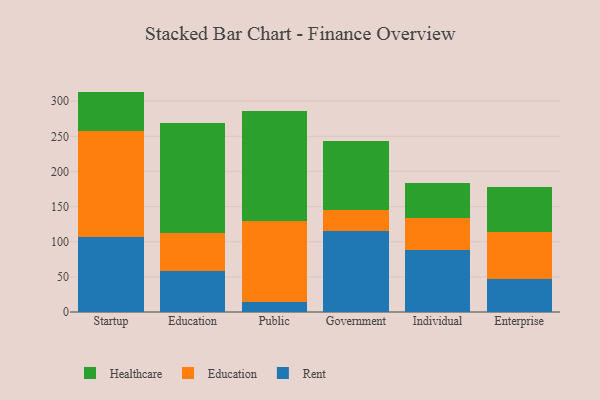
{"axis": {"x": "Segment", "y": "Page Views"}, "legend": ["Education", "Healthcare", "Rent"], "data": [{"x": "Startup", "y": 107.2, "type": "Rent"}, {"x": "Startup", "y": 150.7, "type": "Education"}, {"x": "Startup", "y": 55.7, "type": "Healthcare"}, {"x": "Education", "y": 58.5, "type": "Rent"}, {"x": "Education", "y": 54.4, "type": "Education"}, {"x": "Education", "y": 155.9, "type": "Healthcare"}, {"x": "Public", "y": 14.7, "type": "Rent"}, {"x": "Public", "y": 114.8, "type": "Education"}, {"x": "Public", "y": 156.5, "type": "Healthcare"}, {"x": "Government", "y": 114.6, "type": "Rent"}, {"x": "Government", "y": 30.2, "type": "Education"}, {"x": "Government", "y": 97.9, "type": "Healthcare"}, {"x": "Individual", "y": 88.4, "type": "Rent"}, {"x": "Individual", "y": 45.3, "type": "Education"}, {"x": "Individual", "y": 49.3, "type": "Healthcare"}, {"x": "Enterprise", "y": 47.2, "type": "Rent"}, {"x": "Enterprise", "y": 66.6, "type": "Education"}, {"x": "Enterprise", "y": 64.3, "type": "Healthcare"}]}